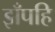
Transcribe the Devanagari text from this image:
झँपहि